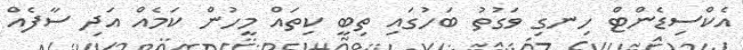
އެކްސިޑެންޓް ހިނގި ވަގުތު ބަހުގައި ތިބީ ކިތައް މީހުން ކަމެއް އަދި ސާފެއް